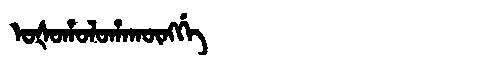
Manchu: ᠣᡧᠣᡥᠣᠯᠣᡥᠠᡴᡡᠩᡤᡝ
Romanization: OŠOHOLOHAKŪNGGE